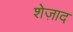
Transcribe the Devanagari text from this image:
शेज़ाद